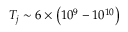
T _ { j } \sim 6 \times \left( 1 0 ^ { 9 } - 1 0 ^ { 1 0 } \right)